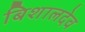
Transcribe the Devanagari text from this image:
बिशालदेव